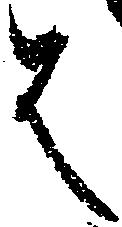
は